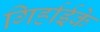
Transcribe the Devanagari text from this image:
गिर्हाईके